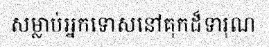
សម្លាប់អ្នកទោសនៅគុកដ៏ទារុណ